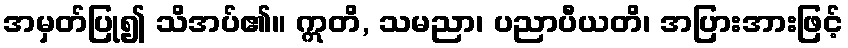
အမှတ်ပြု၍ သိအပ်၏။ ဣတိ, သမညာ၊ ပညာပီယတိ၊ အပြားအားဖြင့်